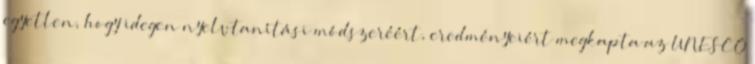
egyetlen, hogy idegen nyelvtanítási módszeréért, eredményeiért megkapta az UNESCO